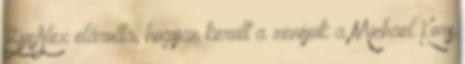
ByeAlex elárulta, hogyan került a zenéjük a Michael Kors